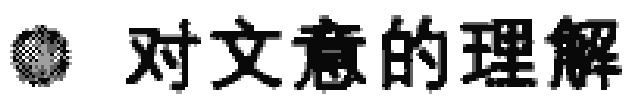
\textcircled{1} 对文意的理解